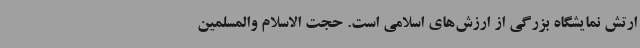
ارتش نمایشگاه بزرگی از ارزش‌های اسلامی است. حجت الاسلام والمسلمین